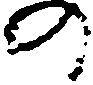
の